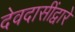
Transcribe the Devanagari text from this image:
देवदासींद्वारे